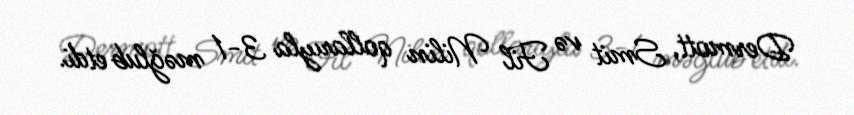
Dermott, Smit və Fil Nilin qollarıyla 3-1 məğlub etdi.